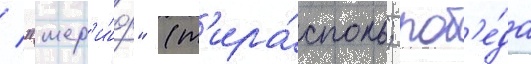
/ "шер'и́ф" (т'ира́споль; поб'е́да